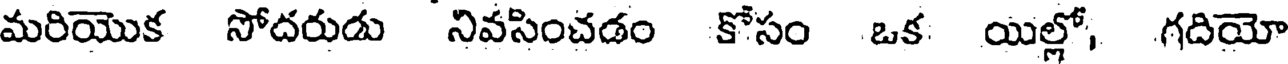
మరియొక సోదరుడు నివసించడం కోసం ఒక యిల్లో, గదియో